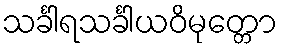
သင်္ခါရသင်္ခါယဝိမုတ္တော